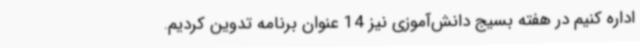
اداره کنیم در هفته بسیج دانش‌آموزی نیز 14 عنوان برنامه تدوین کردیم.